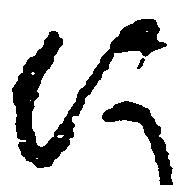
に